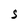
Character: S